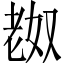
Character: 𫅴